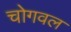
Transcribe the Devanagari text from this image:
चोगवल